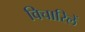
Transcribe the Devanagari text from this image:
विचारिलें